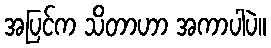
အပြင်က သိတာဟာ အကာပါပဲ။